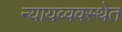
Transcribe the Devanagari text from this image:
न्यायव्ववस्थेत